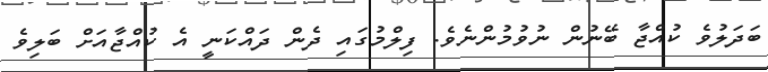
ބަދަލުވެ ކުއްޖާ ބޭނުން ނުވުމުންނެވެ. ފިލްމުގައި ދެން ދައްކަނީ އެ ކުއްޖާއަށް ބަލިވެ